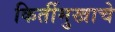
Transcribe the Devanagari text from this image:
किर्तीमुखाचे